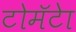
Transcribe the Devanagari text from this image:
टोमॅटेा